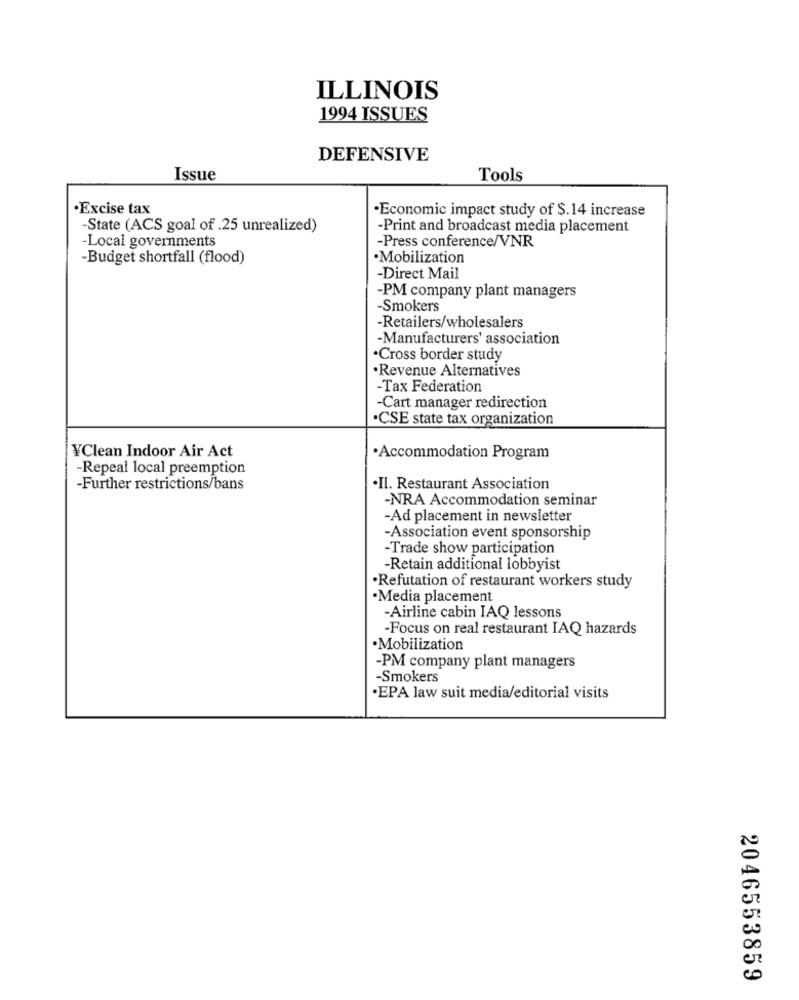
ILLINOIS
1994 ISSUES
DEFENSIVE
Issue
Tools
Excise tax
·Economic impact study of $.14 increase
-State (ACS goal of .25 unrealized)
-Print and broadcast media placement
Local governments
-Press conference/VNR
Budget shortfall (flood)
.Mobilization
-Direct Mail
-PM company plant managers
-Smokers
-Retailers/wholesalers
-Manufacturers' association
.Cross border study
.Revenue Alternatives
-Tax Federation
-Cart manager redirection
·CSE state tax organization
¥Clean Indoor Air Act
.Accommodation Program
-Repeal local preemption
-Further restrictions/bans
.Il. Restaurant Association
-NRA Accommodation seminar
-Ad placement in newsletter
-Association event sponsorship
-Trade show participation
-Retain additional lobbyist
·Refutation of restaurant workers study
·Media placement
-Airline cabin IAQ lessons
-Focus on real restaurant IAQ hazards
.Mobilization
-PM company plant managers
-Smokers
·EPA law suit media/editorial visits
2046553859